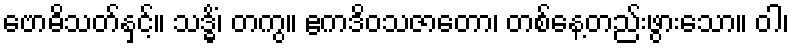
ဗောဓိသတ်နှင့်။ သဒ္ဓိံ၊ တကွ။ ဧကဒိဝသဇာတော၊ တစ်နေ့တည်းဖွားသော။ ဝါ၊